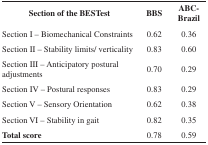
| Section of the BESTest | BBS | ABC-Brazil |
 | --- | --- | --- |
 | Section I – BiomechanicalConstraints | 0.62 | 0.36 |
 | Section II – Stability limits/verticality | 0.83 | 0.60 |
 | Section III – Anticipatorypostural adjustments | 0.70 | 0.29 |
 | Section IV – Posturalresponses | 0.83 | 0.29 |
 | Section V – Sensory Orientation | 0.62 | 0.38 |
 | Section VI – Stability ingait | 0.82 | 0.35 |
 | Total score | 0.78 | 0.59 |